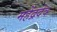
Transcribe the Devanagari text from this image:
महेंद्रदेव